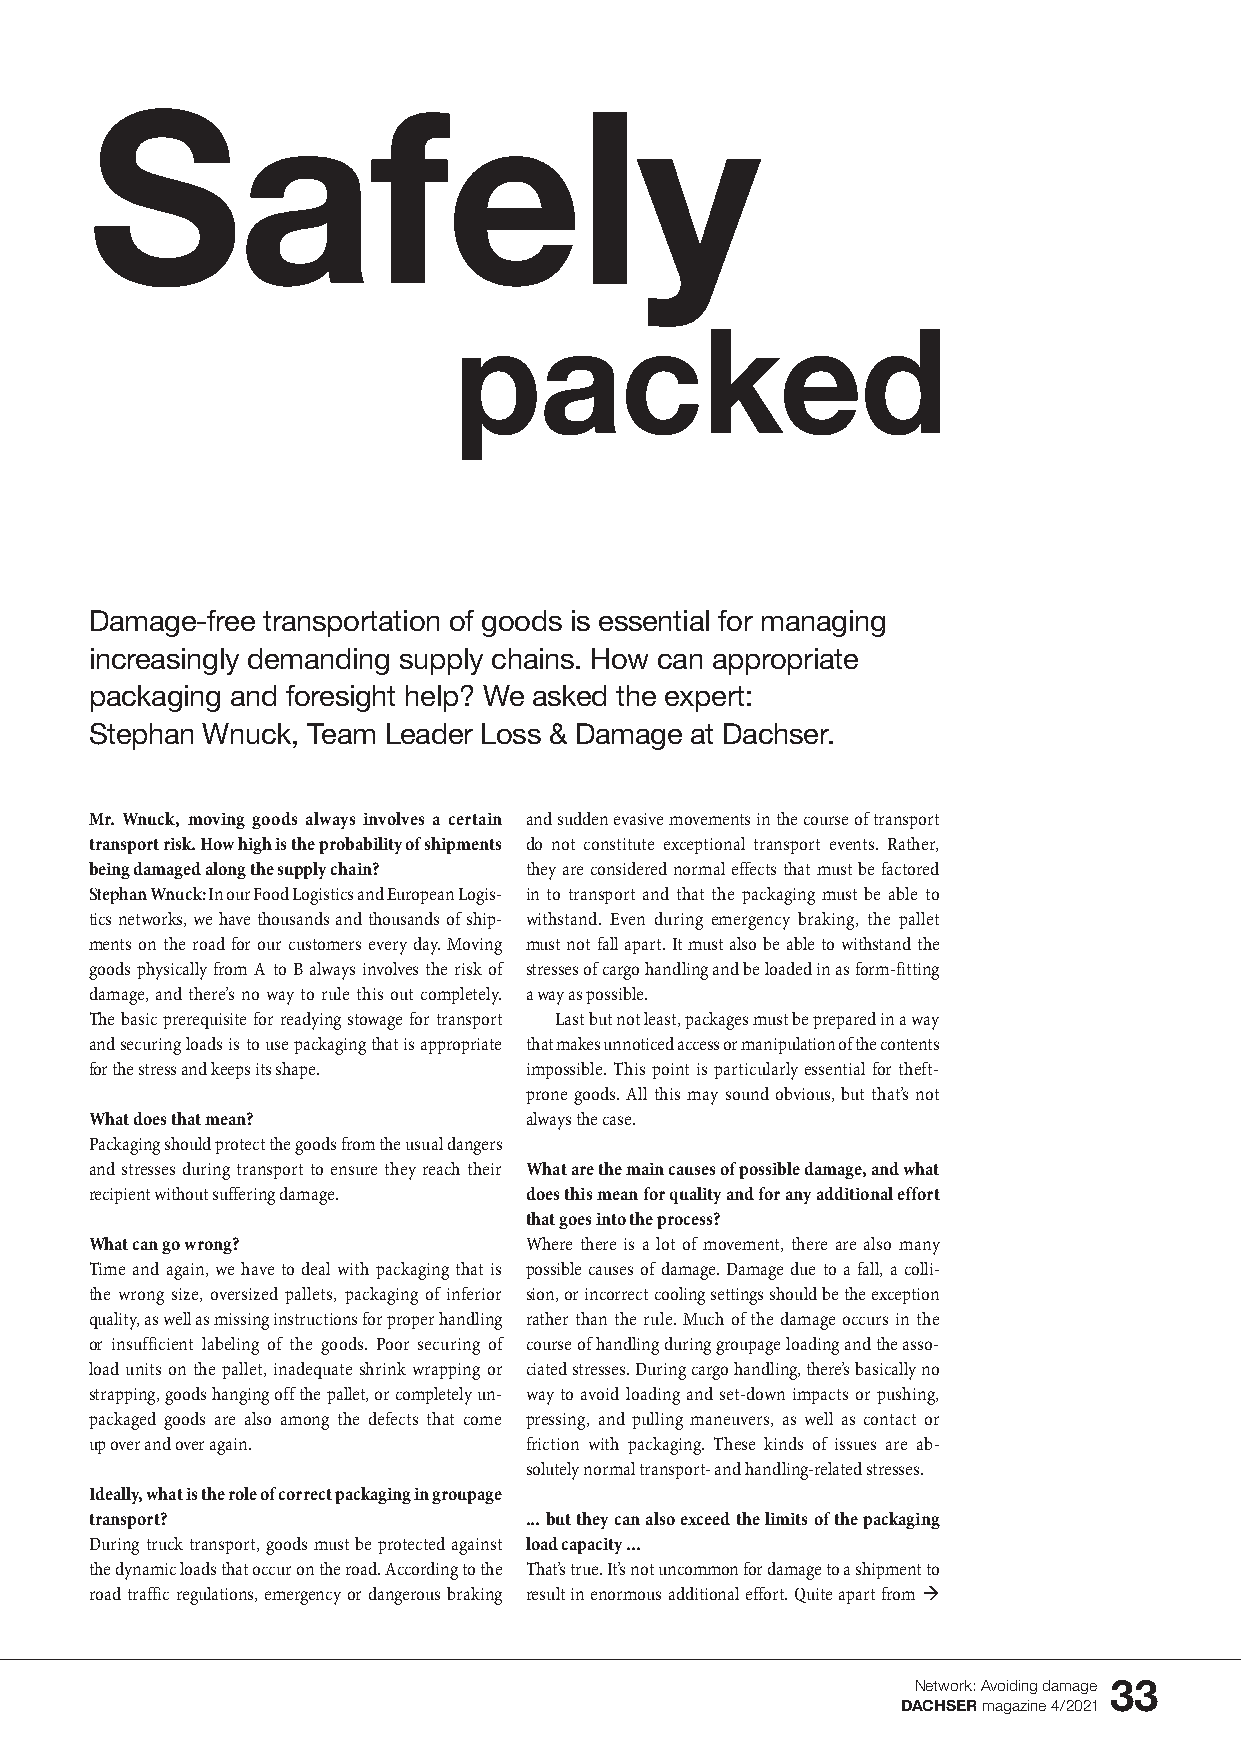
Safely
 packed
 Damage-free transportation of goods is essential for managing
 increasingly demanding supply chains. How can appropriate
 packaging and foresight help? We asked the expert:
 Stephan Wnuck, Team Leader Loss & Damage at Dachser.
 Mr. Wnuck, moving goods always involves a certain and sudden evasive movements in the course of transport
 transport risk. How high is the probability of shipments do not constitute exceptional transport events. Rather,
 being damaged along the supply chain? they are considered normal effects that must be factored
 Stephan Wnuck: In our Food Logistics and European Logis- in to transport and that the packaging must be able to
 tics networks, we have thousands and thousands of ship- withstand. Even during emergency braking, the pallet
 ments on the road for our customers every day. Moving must not fall apart. It must also be able to withstand the
 goods physically from A to B always involves the risk of stresses of cargo handling and be loaded in as form-fitting
 damage, and there’s no way to rule this out completely. a way as possible.
 The basic prerequisite for readying stowage for transport Last but not least, packages must be prepared in a way
 and securing loads is to use packaging that is appropriate that makes unnoticed access or manipulation of the contents
 for the stress and keeps its shape. impossible. This point is particularly essential for theft-
 prone goods. All this may sound obvious, but that’s not
 What does that mean?         always the case.
 Packaging should protect the goods from the usual dangers
 and stresses during transport to ensure they reach their What are the main causes of possible damage, and what
 recipient without suffering damage. does this mean for quality and for any additional effort
 that goes into the process?
 What can go wrong?           Where there is a lot of movement, there are also many
 Time and again, we have to deal with packaging that is possible causes of damage. Damage due to a fall, a colli -
 the wrong size, oversized pallets, packaging of inferior sion, or incorrect cooling settings should be the exception
 quality, as well as missing instructions for proper handling rather than the rule. Much of the damage occurs in the
 or insufficient labeling of the goods. Poor securing of course of handling during groupage loading and the asso -
 load units on the pallet, inadequate shrink wrapping or ciated stresses. During cargo handling, there’s basically no
 strap p ing, goods hanging off the pallet, or completely un - way to avoid loading and set-down impacts or pushing,
 packaged goods are also among the defects that come pressing, and pulling maneuvers, as well as contact or
 up over and over again.      friction with packaging. These kinds of issues are ab -
 solutely normal transport- and handling-related stresses.
 Ideally, what is the role of correct packaging in groupage
 transport?                   ... but they can also exceed the limits of the packaging
 During truck transport, goods must be protected against load capacity ...
 the dynamic loads that occur on the road. According to the That’s true. It’s not uncommon for damage to a shipment to
 road traffic regulations, emergency or dangerous braking result in enormous additional effort. Quite apart from ‡
 Network: Avoiding damage 33
 DACHSER magazine 4/2021